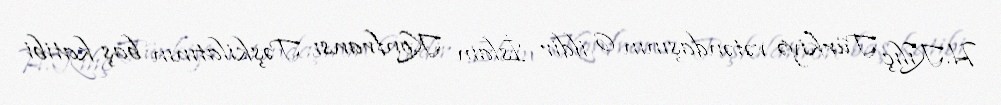
H.Kılıç Türkiyə vətəndaşının 6 ildir İslam Konfransı Təşkilatının baş katibi